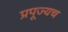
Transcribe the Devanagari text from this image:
प्रपूज्यच